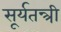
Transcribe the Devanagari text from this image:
सूर्यतन्त्री